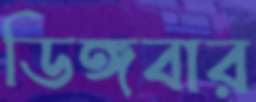
ডিঙ্গবার